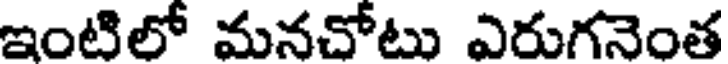
ఇంటిలో మనచోటు ఎరుగనెంత